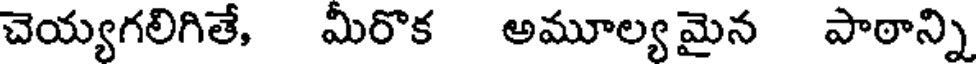
చెయ్యగలిగితే, మీరొక అమూల్యమైన పాఠాన్ని